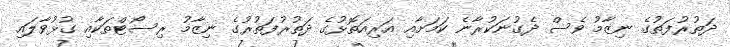
ދަތުރުފަތުގެ ނިޒާމު ވެސް ދެގުނަކުރާނެ ކަމަށާއި އަރިއަތޮޅުގެ ދަތުރުފަތުރުގެ ނިޒާމު ރިސޯޓްތަކާއި ގުޅުވާލައި